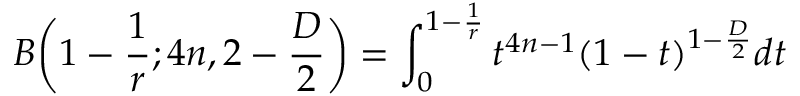
B \bigg ( 1 - \frac { 1 } { r } ; 4 n , 2 - \frac { D } { 2 } \bigg ) = \int _ { 0 } ^ { 1 - \frac { 1 } { r } } t ^ { 4 n - 1 } ( 1 - t ) ^ { 1 - \frac { D } { 2 } } d t